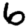
Digit: 6